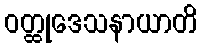
ဝတ္ထုဒေသနာယာတိ